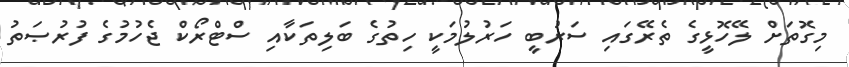
މިގޮތަށް ލޭހޮޅީގެ ތެރޭގައި ސަރުބީ ހަރުލުމަކީ ހިތުގެ ބަލިތަކާއި ސްޓްރޯކް ޖެހުމުގެ ފުރުޞަތު